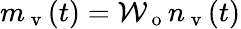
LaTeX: m_{\mathrm{~v~}}(t)=\mathcal{W}_{\mathrm{~o~}}n_{\mathrm{~v~}}(t)